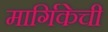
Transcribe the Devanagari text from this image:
मार्गिकेची